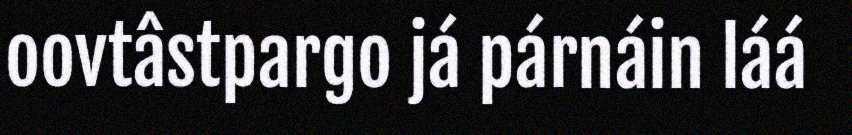
oovtâstpargo já párnáin láá